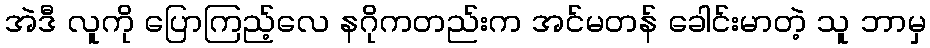
အဲဒီ လူကို ပြောကြည့်လေ နဂိုကတည်းက အင်မတန် ခေါင်းမာတဲ့ သူ ဘာမှ